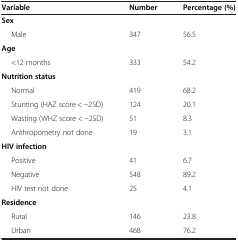
<table><thead><tr><td><b>Variable</b></td><td><b>Number</b></td><td><b>Percentage (%)</b></td></tr></thead><tbody><tr><td><b>Sex</b></td><td></td><td></td></tr><tr><td>Male</td><td>347</td><td>56.5</td></tr><tr><td><b>Age</b></td><td></td><td></td></tr><tr><td>&lt;12 months</td><td>333</td><td>54.2</td></tr><tr><td><b>Nutrition status</b></td><td></td><td></td></tr><tr><td>Normal</td><td>419</td><td>68.2</td></tr><tr><td>Stunting (HAZ score &lt; −2SD)</td><td>124</td><td>20.1</td></tr><tr><td>Wasting (WHZ score &lt; −2SD)</td><td>51</td><td>8.3</td></tr><tr><td>Anthropometry not done</td><td>19</td><td>3.1</td></tr><tr><td><b>HIV infection</b></td><td></td><td></td></tr><tr><td>Positive</td><td>41</td><td>6.7</td></tr><tr><td>Negative</td><td>548</td><td>89.2</td></tr><tr><td>HIV test not done</td><td>25</td><td>4.1</td></tr><tr><td><b>Residence</b></td><td></td><td></td></tr><tr><td>Rural</td><td>146</td><td>23.8</td></tr><tr><td>Urban</td><td>468</td><td>76.2</td></tr></tbody></table>